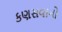
કણસવાનો